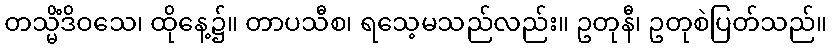
တသ္မိံဒိဝသေ၊ ထိုနေ့၌။ တာပသီစ၊ ရသေ့မသည်လည်း။ ဥတုနီ၊ ဥတုစဲပြတ်သည်။